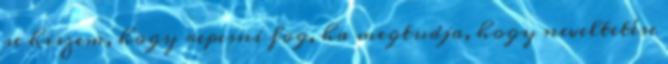
se hiszem, hogy repesni fog, ha megtudja, hogy neveltetése